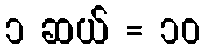
၁ ဆယ် = ၁၀